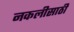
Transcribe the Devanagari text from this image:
नकलीसाठी